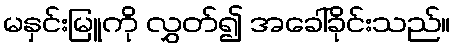
မနှင်းမြူကို လွှတ်၍ အခေါ်ခိုင်းသည်။